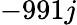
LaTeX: -991j